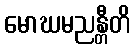
မောဃမညန္တီတိ